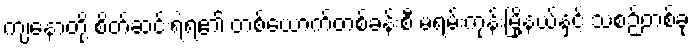
ကျနောတို့ စိတ်ဆင်းရဲရ၏ တစ်ယောက်တစ်ခန်းစီ မရမ်းကုန်းမြို့နယ်နှင့် သံစဉ်တစ်ခု